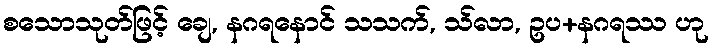
စသောသုတ်ဖြင့် ချေ, နဂရနောင် သသက်, သ်လာ, ဥပ+နဂရဿ ဟု